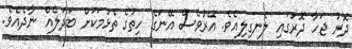
ދޮރު ޖަހާ ދޮރުގައި ލެނގިލިއެވެ. އޭރުވެސް އޭނަގެ ހިތުގެ ތެޅުމަކަށް ބަދަލެއް ނާދެއެވެ.